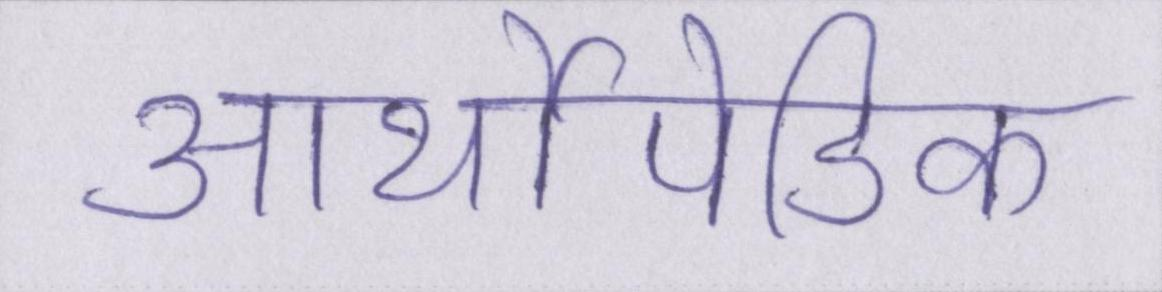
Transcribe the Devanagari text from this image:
आर्थोपेडिक